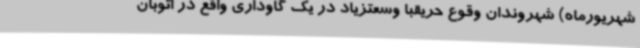
شهریورماه) شهروندان وقوع حریقبا وسعتزیاد در یک گاوداری واقع در اتوبان